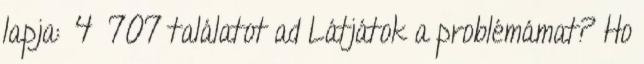
lapja: 4 707 találatot ad Látjátok a problémámat? Ho